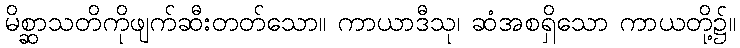
မိစ္ဆာသတိကိုဖျက်ဆီးတတ်သော။ ကာယာဒီသု၊ ဆံအစရှိသော ကာယတို့၌။